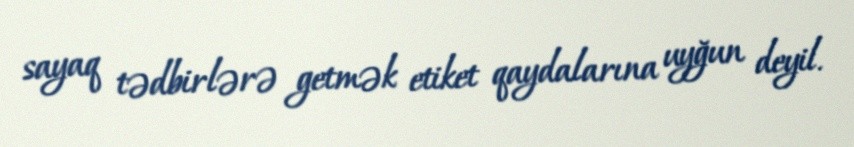
sayaq tədbirlərə getmək etiket qaydalarına uyğun deyil.